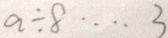
a \div 8 \cdots 3